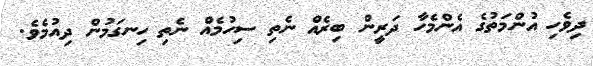
ދިވެހި އުންމަތުގެ އެންމެހާ ދަރީން ބިރެއް ނެތި ސިހުމެއް ނެތި ހިނގަމުން ދިއުމެވެ.